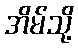
အိမ်သို့